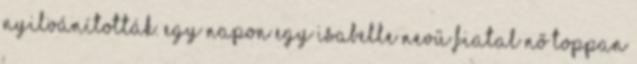
nyilvánították. Egy napon egy Isabelle nevű fiatal nő toppan